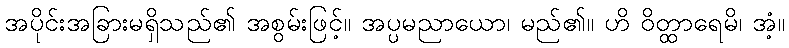
အပိုင်းအခြားမရှိသည်၏ အစွမ်းဖြင့်။ အပ္ပမညာယော၊ မည်၏။ ဟိ ဝိတ္ထာရေမိ၊ အံ့။